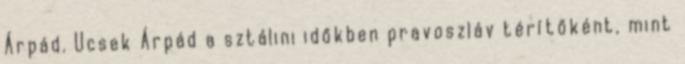
Árpád. Ucsek Árpád a sztálini időkben pravoszláv térítőként, mint